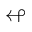
\looparrowleft